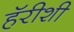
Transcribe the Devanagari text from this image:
हॅरीशी